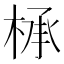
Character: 𰗸